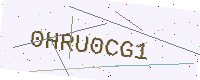
Text: 0HRU0CG1